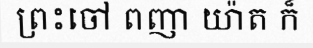
ព្រះចៅ ពញា យ៉ាត ក៏